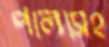
পালাসহ